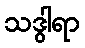
သဒွါရာ